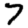
Digit: 7